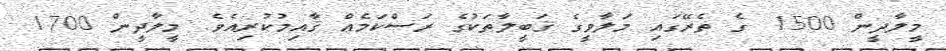
މީލާދީން 1500 ގެ ތެރޭގައި މަލާވީގެ ޤަބީލާތަކުުގެ ރަސްކަމެއް ޤާއިމުކުރިއެވެ. މީލާދީން 1700